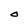
Character: O